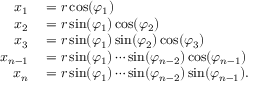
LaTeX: \begin{array} { r l } { x _ { 1 } } & { { } = r \cos ( \varphi _ { 1 } ) } \\ { x _ { 2 } } & { { } = r \sin ( \varphi _ { 1 } ) \cos ( \varphi _ { 2 } ) } \\ { x _ { 3 } } & { { } = r \sin ( \varphi _ { 1 } ) \sin ( \varphi _ { 2 } ) \cos ( \varphi _ { 3 } ) } \\ { x _ { n - 1 } } & { { } = r \sin ( \varphi _ { 1 } ) \cdots \sin ( \varphi _ { n - 2 } ) \cos ( \varphi _ { n - 1 } ) } \\ { x _ { n } } & { { } = r \sin ( \varphi _ { 1 } ) \cdots \sin ( \varphi _ { n - 2 } ) \sin ( \varphi _ { n - 1 } ) . } \end{array}